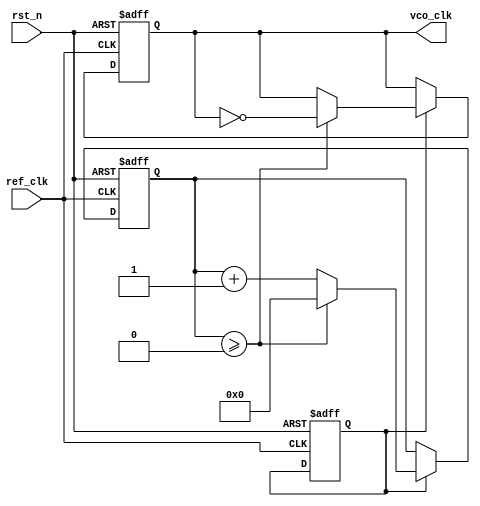
module pll(
    input wire ref_clk,          // Reference Clock Input
    input wire rst_n,           // Asynchronous Reset (active low)
    output reg vco_clk          // VCO Clock Output
);

// Parameters
parameter integer REF_CLK_FREQ = 100_000_000; // Reference Clock Frequency in Hz
parameter integer VCO_CLK_FREQ = 200_000_000;  // Desired VCO Clock Frequency in Hz
parameter integer DIV_CONST = 2;                // Frequency Divider Constant

// Internal Signals
reg [31:0] phase_error;   // Phase error signal
reg [31:0] control_voltage;  // Control voltage to VCO
reg [31:0] vco_counter;      // VCO counter for generating vco_clk
reg vco_en;                  // Enable signal for VCO
reg pd_out;                 // Phase Detector Output

// Phase Detector: Simple edge detection
always @(posedge ref_clk or negedge rst_n) begin
    if (!rst_n) begin
        pd_out <= 0;
        phase_error <= 0;
    end else begin
        // Compare phase between ref_clk and vco_clk (could be improved with more logic)
        if (vco_clk) begin
            pd_out <= 1; // Sample reference clock when VCO clock is high
            phase_error <= phase_error + 1; // Increment phase error for simplicity
        end else begin
            pd_out <= 0;
        end
    end
end

// Loop Filter: Simple integrated filter for control voltage
always @(posedge ref_clk or negedge rst_n) begin
    if (!rst_n) begin
        control_voltage <= 0;
    end else begin
        control_voltage <= control_voltage + phase_error; // Integrate phase error
    end
end

// Voltage-Controlled Oscillator: Simple frequency control
always @(posedge ref_clk or negedge rst_n) begin
    if (!rst_n) begin
        vco_counter <= 0;
        vco_clk <= 0;
        vco_en <= 1; // Enable VCO operation
    end else if (vco_en) begin
        if (vco_counter >= (REF_CLK_FREQ / VCO_CLK_FREQ) * DIV_CONST) begin
            vco_clk <= ~vco_clk;     // Toggle VCO output clock
            vco_counter <= 0;        // Reset counter
        end else begin
            vco_counter <= vco_counter + 1; // Increment counter
        end
    end
end

// Feedback Loop to Phase Detector
assign phase_error = pd_out ? 1 : 0; // Simple feedback based on PD output

endmodule